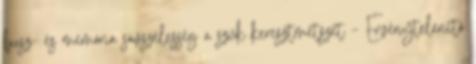
busz- és memória sávszélesség a szűk keresztmetszet – Érvénytelenítő